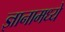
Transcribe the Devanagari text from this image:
ज्ञानामध्ये